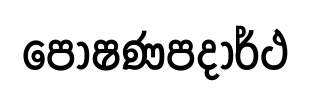
පෝෂණපදාර්ථ